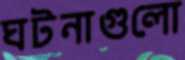
ঘটনাগুলো